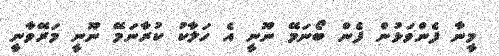
މީނާ ފެންވަޅުން ފެން ބޯނަމޭ ނޫނީ އެ ހަލާކު ކުރާނަމޭ ނޫނީ މަރޭވާނީ